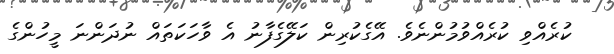
ކުރެއްވި ކުރެއްވުމުންނެވެ. އޭގެކުރިން ކަލޭގެފާނު އެ ވާހަކަތައް ނުދަންނަ މީހުންގެ